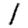
Digit: 1